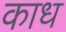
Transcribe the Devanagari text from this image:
काध